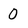
Character: 0